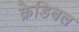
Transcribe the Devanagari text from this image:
क्रेडिबल